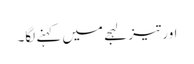
اور تیز لہجے میں کہنے لگا۔